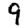
Digit: 9